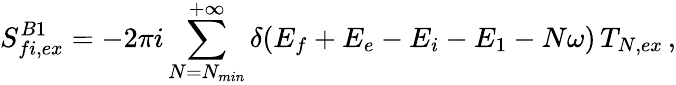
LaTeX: S_{fi,ex}^{B1}=-2\pi i\sum_{N=N_{min}}^{+\infty}\delta(E_{f}+E_{e}-E_{i}-E_{1}-N\omega)\, T_{N,ex}\, ,